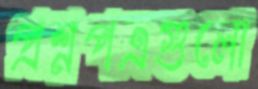
প্রশ্নপত্রগুলো